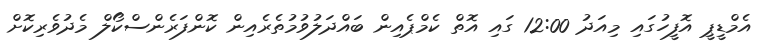
އެމްޑީޕީ އޮފީހުގައި މިއަދު 12:00 ގައި އޮތް ކެމްޕެއިން ބައްދަލުވުމުތެރެއިން ކޮންފަރެންސްކޯލް މެދުވެރިކޮށް